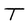
Character: T